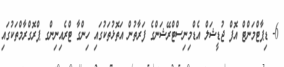
6- ޑިޕާޓްމަންޓް އޮފް ޖުޑީޝަލް އެޑްމިނިސްޓްރޭޝަންގެ ފަރާތުން އަތޮޅުތަކުގައި ހިންގާ ޓްރެއިނިންގ ޕްރޮގްރާމްތަކުގައި